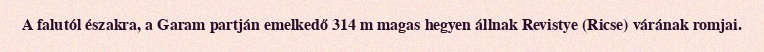
A falutól északra, a Garam partján emelkedő 314 m magas hegyen állnak Revistye (Ricse) várának romjai.